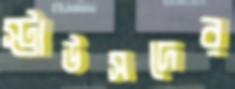
স্ট্রাউসদের